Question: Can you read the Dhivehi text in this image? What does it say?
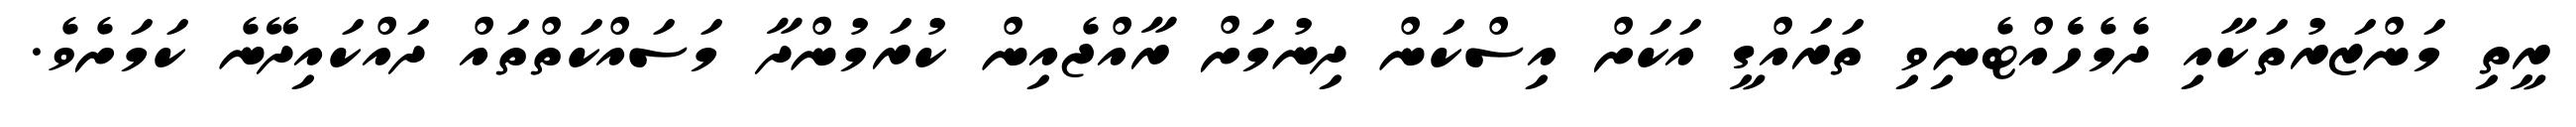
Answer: ރީތި މަންޒަރުތަކާއި ދެމެހެެއްޓެނިވި ތަރައްގީ އަކަށް އިސްކަން ދިނުމަށް ރާއްޖެއިން ކުރަމުންދާ މަސައްކަތްތައް ދައްކައިދޭނެ ކަމަށެވެ.